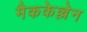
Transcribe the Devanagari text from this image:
मैककेल्लेन